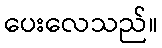
ပေးလေသည်။